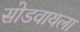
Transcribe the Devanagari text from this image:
सोडवायला